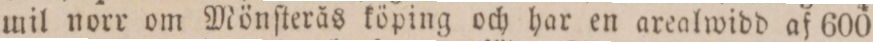
mil norr om Mönſterås köping och har en arealwidd af 600